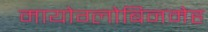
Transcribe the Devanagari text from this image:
मायोग्लोबिनमेह